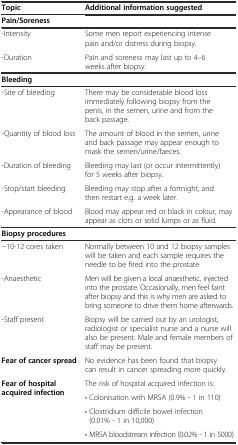
| Topic | Additional information suggested |
 | --- | --- |
 | <COLSPAN=2> Pain/Soreness |
 | -Intensity | Some men report experiencing intense pain and/or distress during biopsy. |
 | -Duration | Pain and soreness may last up to 4–6 weeks after biopsy. |
 | <COLSPAN=2> Bleeding |
 | -Site of bleeding | There may be considerable blood loss immediately following biopsy from the penis, in the semen, urine and from the back passage. |
 | -Quantity of blood loss | The amount of blood in the semen, urine and back passage may appear enough to mask the semen/urine/faeces. |
 | -Duration of bleeding | Bleeding may last (or occur intermittently) for 5 weeks after biopsy. |
 | -Stop/start bleeding | Bleeding may stop after a fortnight, and then restart e.g. a week later. |
 | -Appearance of blood | Blood may appear red or black in colour, may appear as clots or solid lumps or as fluid. |
 | <COLSPAN=2> Biopsy procedures |
 | −10-12 cores taken | Normally between 10 and 12 biopsy samples will be taken and each sample requires the needle to be fired into the prostate |
 | -Anaesthetic | Men will be given a local anaesthetic, injected into the prostate. Occasionally, men feel faint after biopsy and this is why men are asked to bring someone to drive them home afterwards. |
 | -Staff present | Biopsy will be carried out by an urologist, radiologist or specialist nurse and a nurse will also be present. Male and female members of staff may be present. |
 | Fear of cancer spread | No evidence has been found that biopsy can result in cancer spreading more quickly. |
 | <ROWSPAN=4> Fear of hospital acquired infection | The risk of hospital acquired infection is: |
 | • Colonisation with MRSA (0.9% - 1 in 110) |
 | • Clostridium difficile bowel infection (0.01% - 1 in 10,000) |
 | • MRSA bloodstream infection (0.02% - 1 in 5000) |